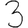
Digit: 3